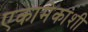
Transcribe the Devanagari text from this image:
एकामेकांशी